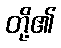
တို့၏